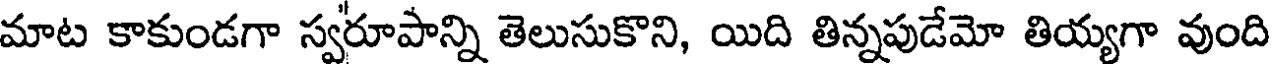
మాట కాకుండగా స్వరూపాన్ని తెలుసుకొని, యిది తిన్నపుడేమో తియ్యగా వుంది